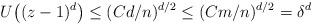
LaTeX: \begin{align*} U\bigl((z-1)^d\bigr) \leq (Cd/n)^{d/2} \leq (Cm/n)^{d/2} = \delta^{d} \end{align*}